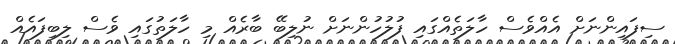
ސިފައިންނަށް އެއްވެސް ހާލަތެއްގައި ފުލުހުންނަށް ނުލިބޭ ބާރެއް މި ހާލަތުގައި ވެސް ލިބިފައެއް